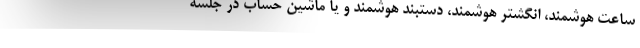
ساعت هوشمند، انگشتر هوشمند، دستبند هوشمند و یا ماشین حساب در جلسه